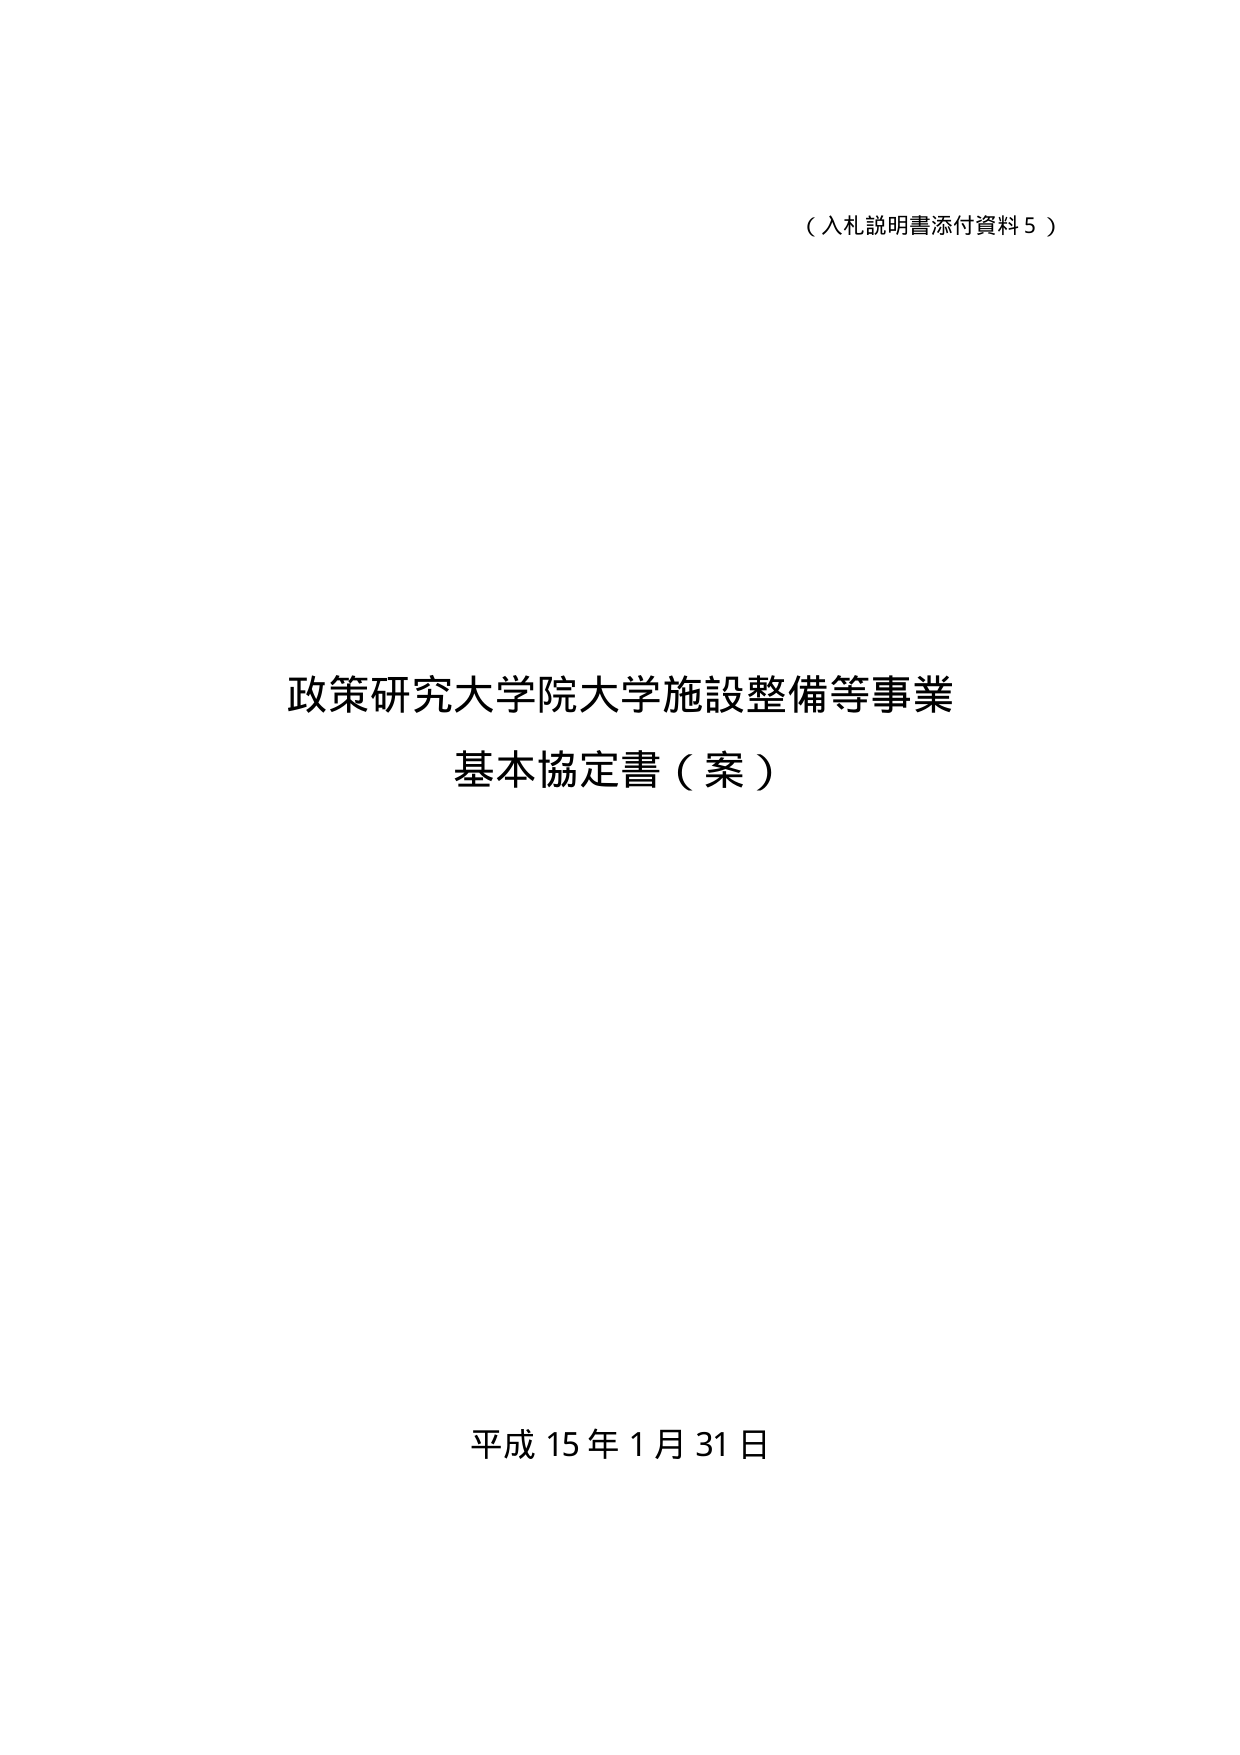
（入札説明書添付資料５）

政策研究大学院大学施設整備等事業
基本協定書（案）

平成15年1月31日